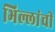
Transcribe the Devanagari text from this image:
भिल्लांची